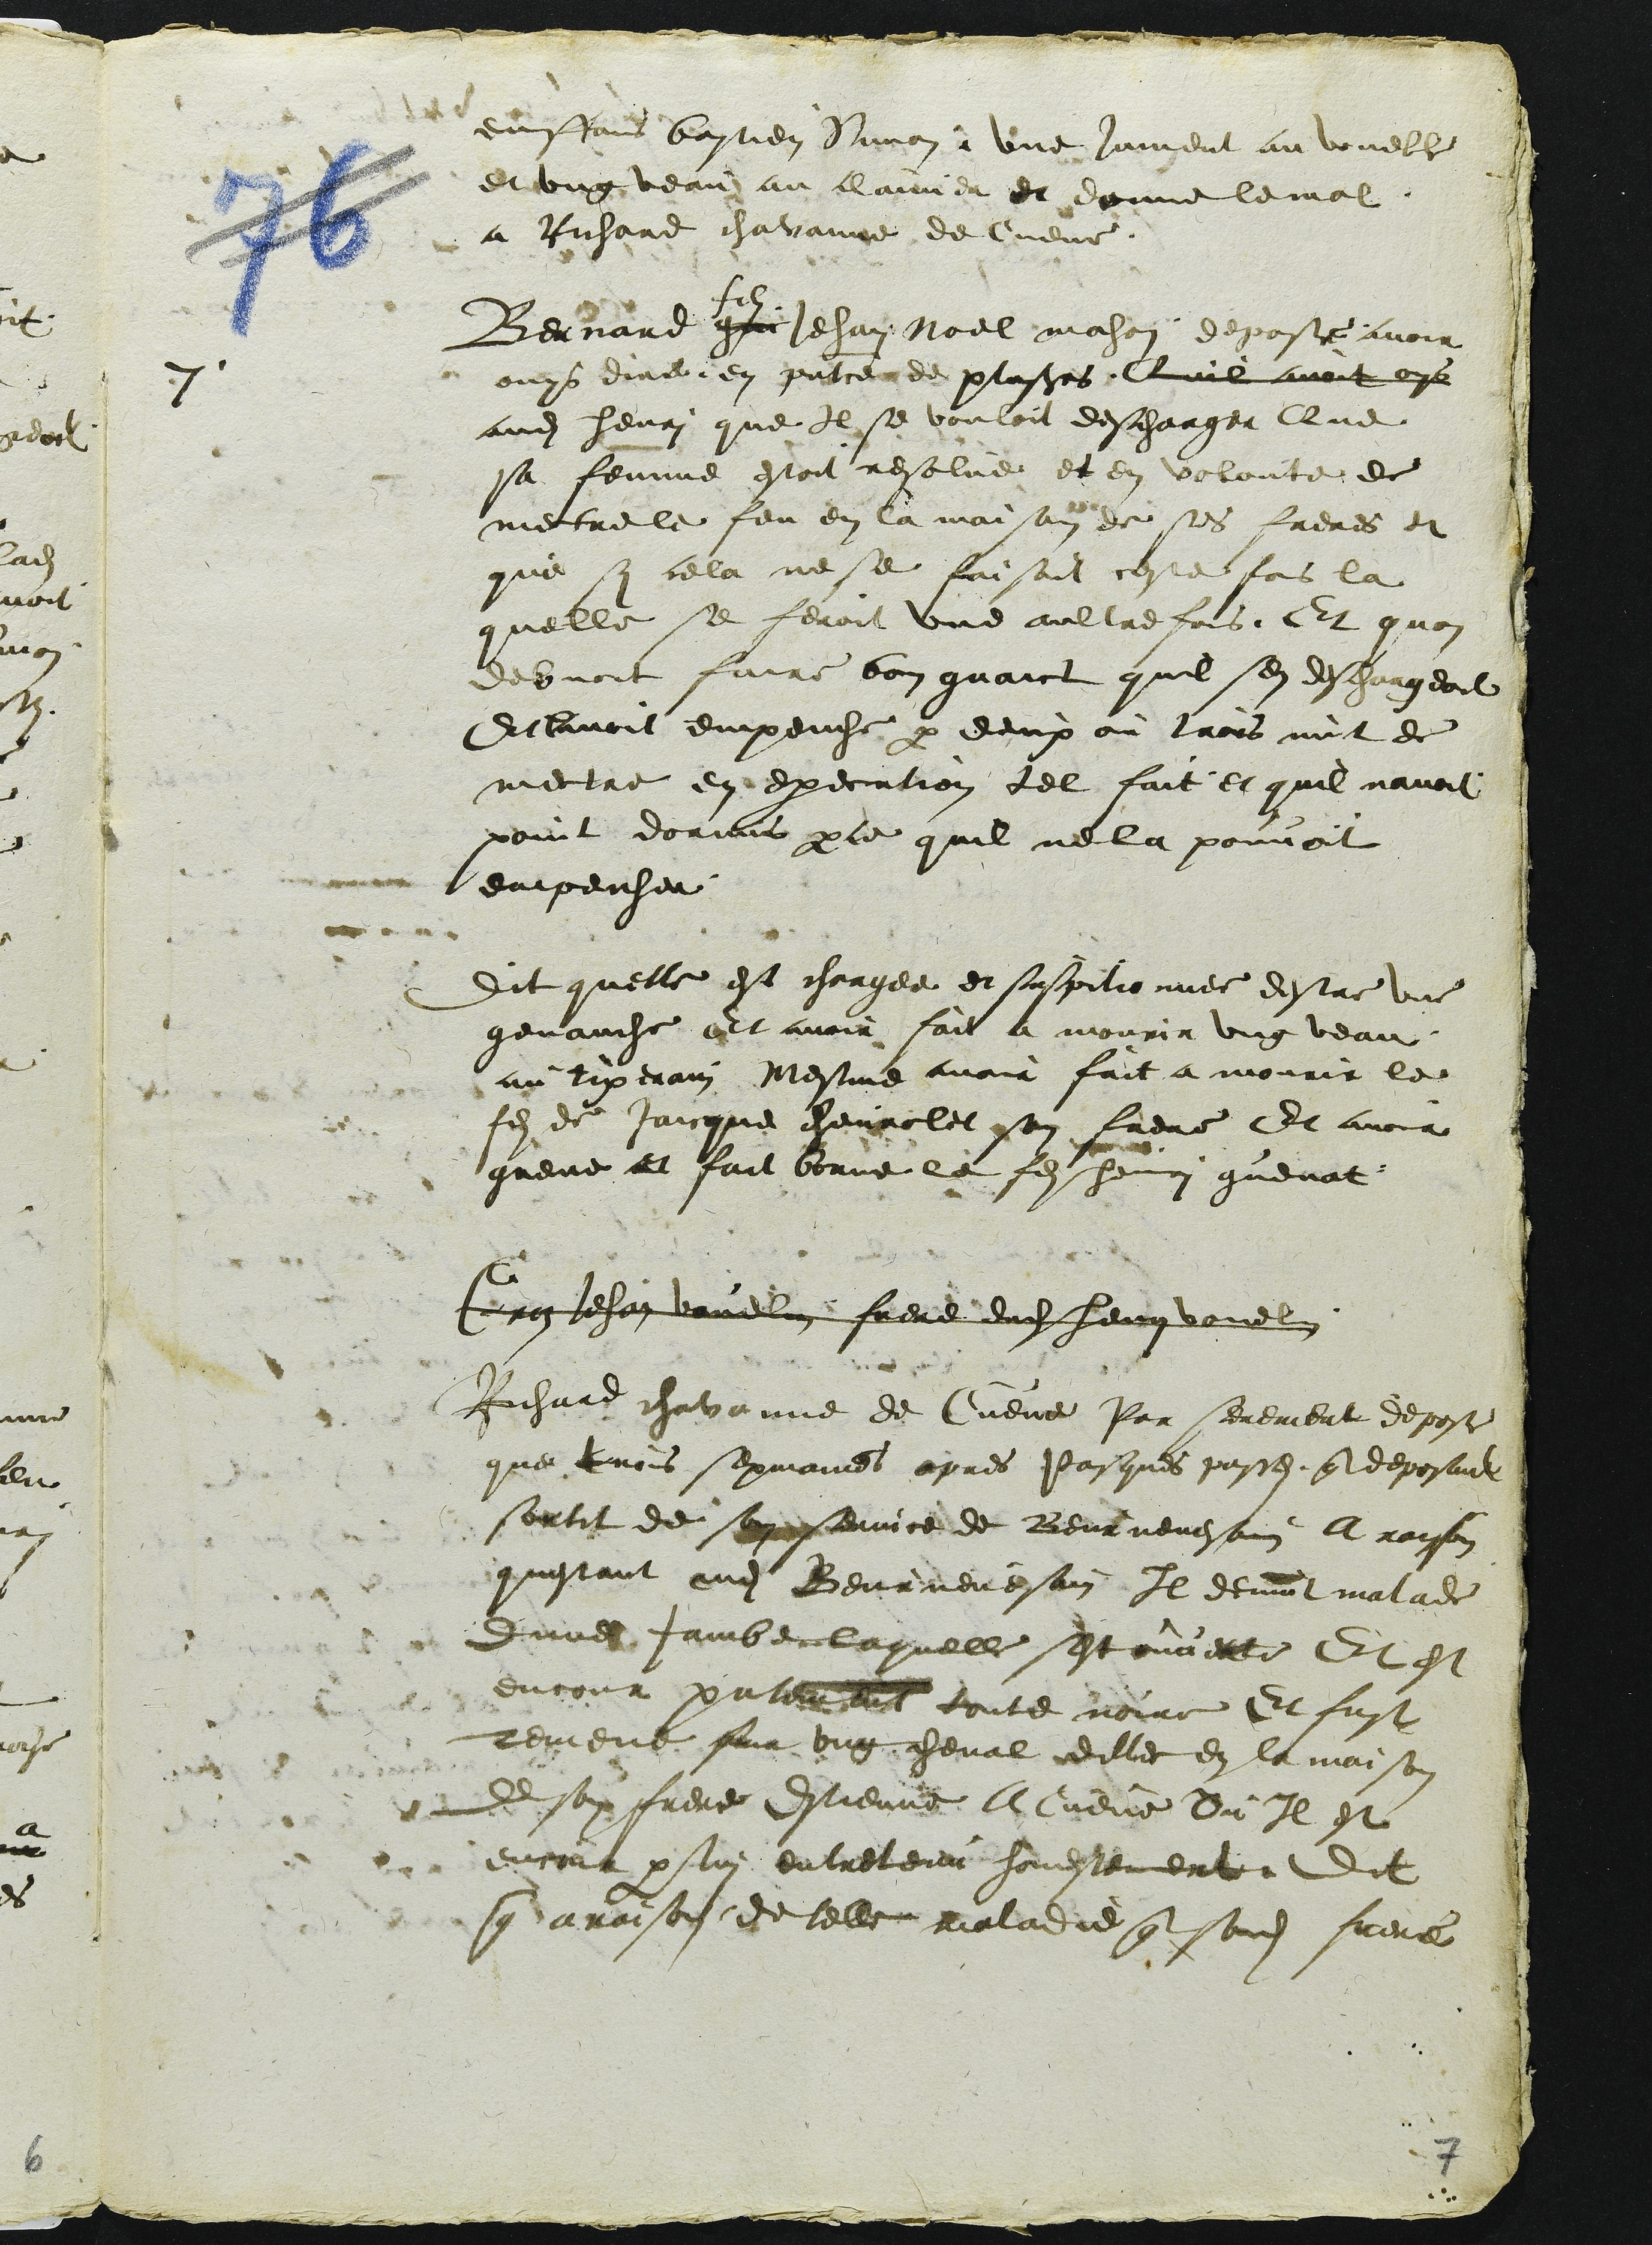
7

enffans bastien Simon, une jument au voueble
et ung veau au claivier et donne le mal
a Richard chavanne de Cueve.
fils
Bernard gui Jehan Noel mahon depose avoir
ouys dire en presentce de plusieurs Quil avoit oys
audit henri que il se vouloir descharger Que
sa femme estoit resolue et en volonte de
mectre le feu en la maison de ses freres et
que si cela ne se faisoit ceste fois la
quelle se feroit une aultre fois. Et quon
debvoit faire bon guaict quil sen deschargeoit
Et lavoit empeiche par deux ou trois nuit de
mectre en execution tel fait et quil navoit
point dormis parce quil ne la pouvoit
empeicher.
Dit quelle est chargee et suspitionnee destre une
genauche Et avoir fait a mourir ung veau
au tixerain Mesme avoir fait a mourir le
fils de Jaicque chevrolet son frere Et avoir
greve et fait borne le fils Henri guenat
Groz Jehan vouelin frere dud(it) henri vouelin
Richard chavanne de Cueve Par serement depose
que trois sepmaines apres Pasques passes que deposant
sortit de son service de Beurnevesain A raison
questant audit Beurnevesain Il devint malade
dune Jambe laquelle sest ouverte Et est
encore presentement toute noire Et fust
remene sur ung cheval dillec en la maison
de son frere Estienne A Cueve Ou Il est
encore par lui entretenu honestement. Dit
que a raison de telle maladie que sondit frere

7